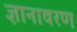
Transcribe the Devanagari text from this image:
ज्ञानावरण